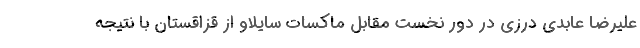
علیرضا عابدی درزی در دور نخست مقابل ماکسات سایلاو از قزاقستان با نتیجه